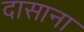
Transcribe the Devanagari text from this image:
दासाना